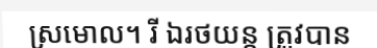
ស្រមោល។ រី ឯរថយន្ត ត្រូវបាន